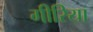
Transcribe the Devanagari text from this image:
गीरिया